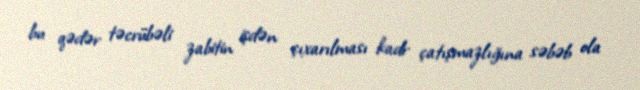
bu qədər təcrübəli zabitin işdən çıxarılması kadr çatışmazlığına səbəb ola